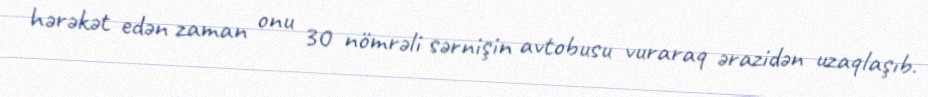
hərəkət edən zaman onu 30 nömrəli sərnişin avtobusu vuraraq ərazidən uzaqlaşıb.